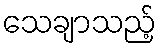
သေချာသည့်